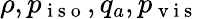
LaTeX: \rho,p_{\mathrm{~i~s~o~}},q_{a},p_{\mathrm{~v~i~s~}}